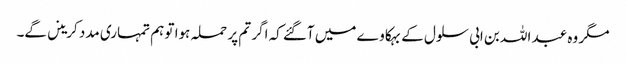
مگر وہ عبد اللہ بن ابی سلول کے بہکا وے میں آگئے کہ اگر تم پر حملہ ہوا تو ہم تمہاری مدد کرینں گے۔